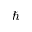
\hbar